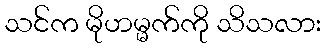
သင်က မိုဟမ္မက်ကို သိသလား